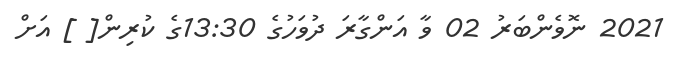
2021 ނޮވެންބަރު 02 ވާ އަންގާރަ ދުވަހުގެ 13:30ގެ ކުރިން[ ] އަށް